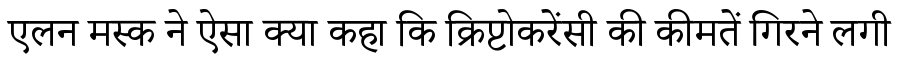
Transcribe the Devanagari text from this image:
एलन मस्क ने ऐसा क्या कहा कि क्रिप्टोकरेंसी की कीमतें गिरने लगी